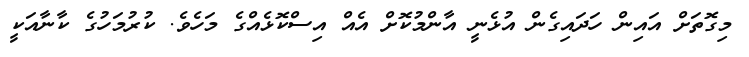
މިގޮތަށް އައިން ހަދައިގެން އުޅެނީ އާންމުކޮށް އެއް އިސްކޮޅެއްގެ މަހެވެ. ކުރުމަހުގެ ކާނާއަކީ